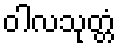
ဝါလသုတ္တံ